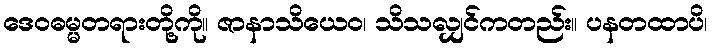
ဒေဝဓမ္မတရားတို့ကို။ ဇာနာသိယေဝ၊ သိသလျှင်ကတည်း။ ပနတထာပိ၊